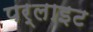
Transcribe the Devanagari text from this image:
पर्लाइट